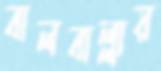
বালবাল্লায়